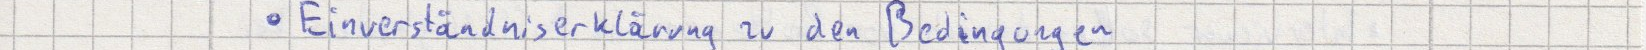
Einverständniserklärung zu den Bedingungen